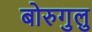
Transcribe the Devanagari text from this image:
बोरुगुलु